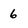
Character: 6